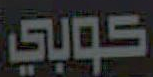
كوبي